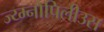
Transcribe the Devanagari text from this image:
ज्य्म्नोपिलीउस